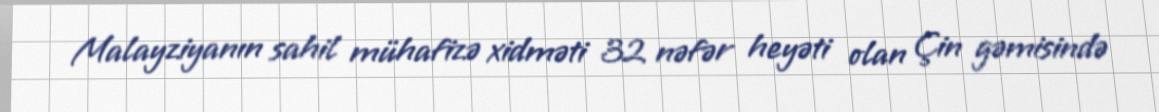
Malayziyanın sahil mühafizə xidməti 32 nəfər heyəti olan Çin gəmisində